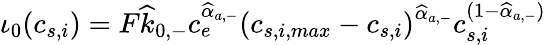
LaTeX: \iota_{0}(c_{s,i})=F\widehat{k}_{0,-}c_{e}^{\widehat{\alpha}_{a,-}}\left(c_{s,i,max}-c_{s,i}\right)^{\widehat{\alpha}_{a,-}}c_{s,i}^{(1-\widehat{\alpha}_{a,-})}